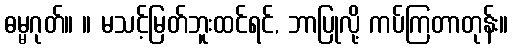
ဓမ္မဂုတ်။ ။ မသင့်မြတ်ဘူးထင်ရင်, ဘာပြုလို့ ကပ်ကြတာတုန်း။